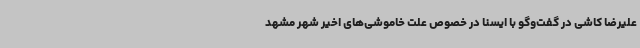
علیرضا کاشی در گفت‌وگو با ایسنا در خصوص علت خاموشی‌های اخیر شهر مشهد